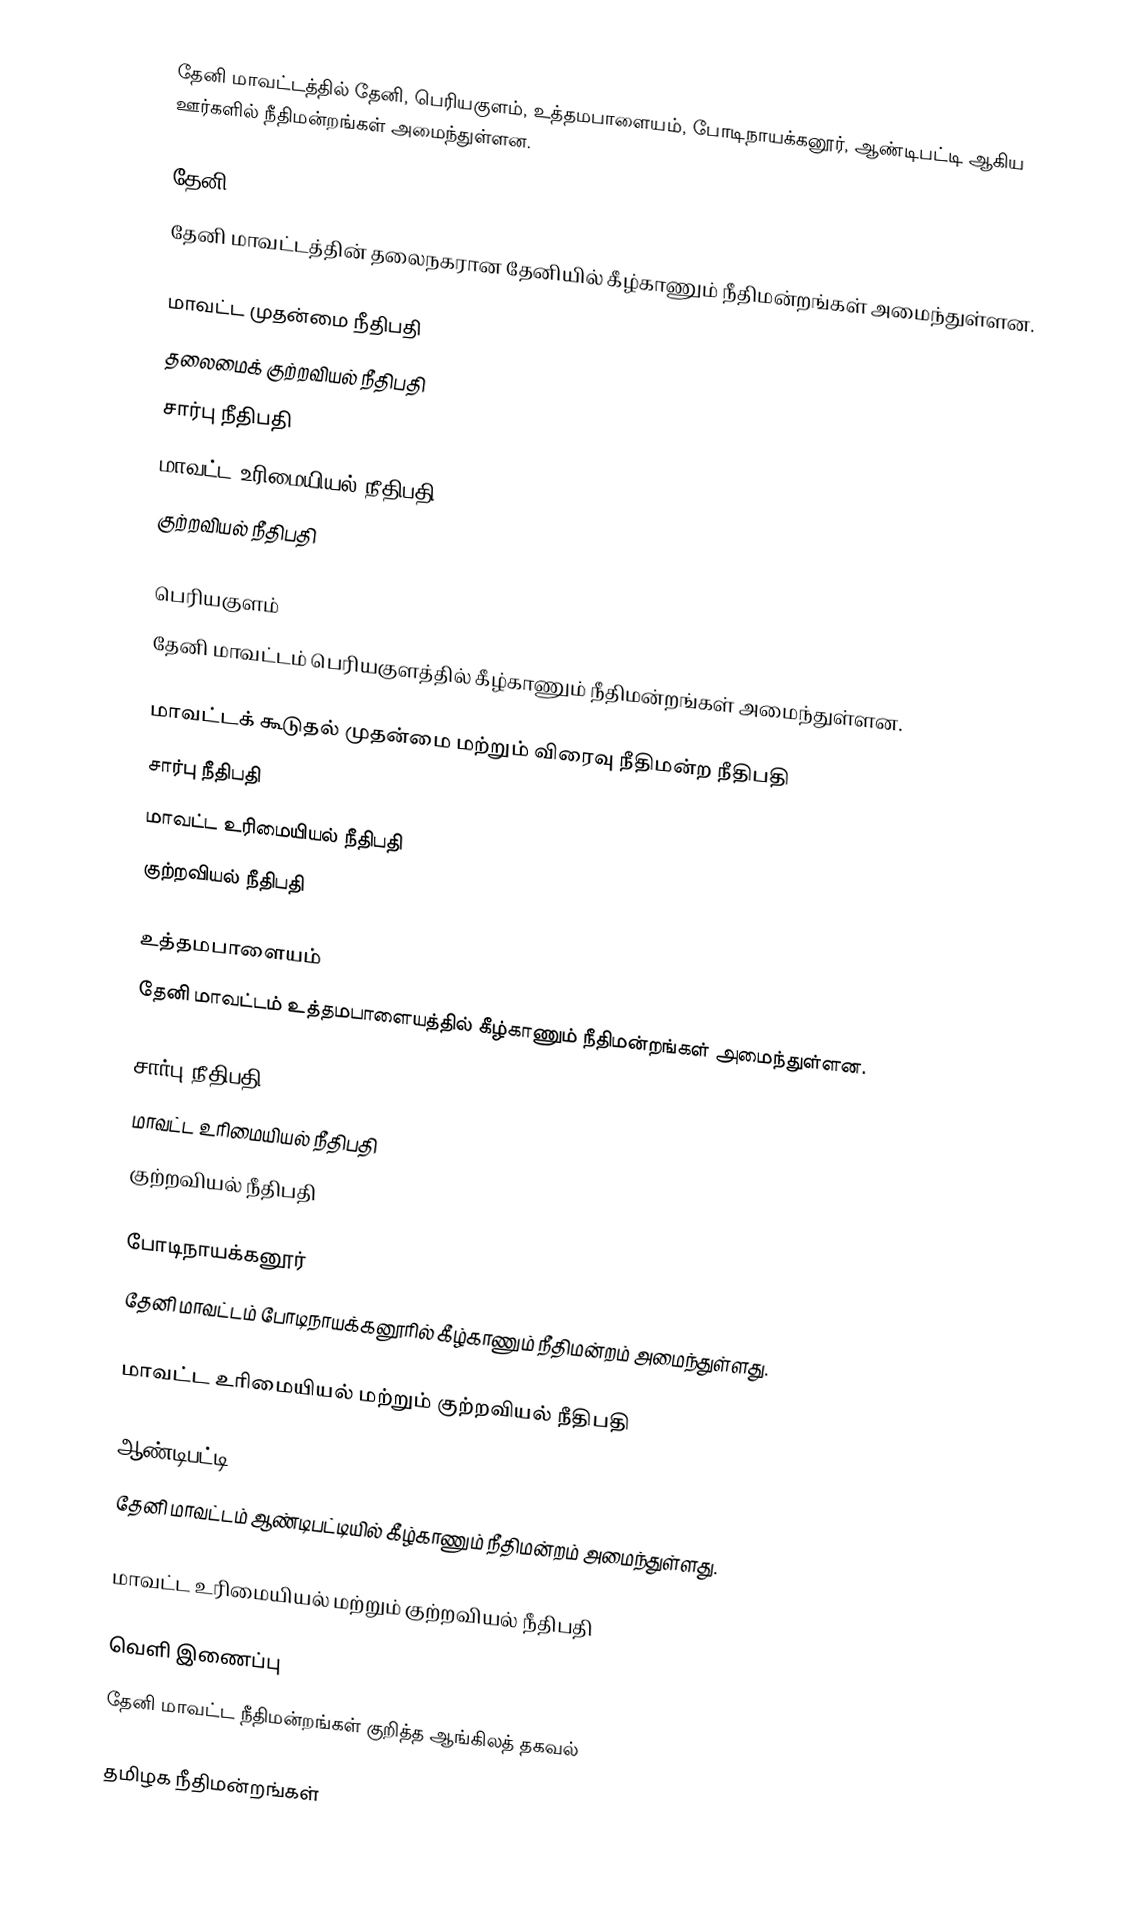
தேனி மாவட்டத்தில் தேனி, பெரியகுளம், உத்தமபாளையம், போடிநாயக்கனூர், ஆண்டிபட்டி ஆகிய ஊர்களில் நீதிமன்றங்கள் அமைந்துள்ளன.

தேனி
தேனி மாவட்டத்தின் தலைநகரான தேனியில் கீழ்காணும் நீதிமன்றங்கள் அமைந்துள்ளன.

மாவட்ட முதன்மை நீதிபதி
தலைமைக் குற்றவியல் நீதிபதி
சார்பு நீதிபதி
மாவட்ட உரிமையியல் நீதிபதி
குற்றவியல் நீதிபதி

பெரியகுளம்
தேனி மாவட்டம் பெரியகுளத்தில் கீழ்காணும் நீதிமன்றங்கள் அமைந்துள்ளன.

மாவட்டக் கூடுதல் முதன்மை மற்றும் விரைவு நீதிமன்ற நீதிபதி
சார்பு நீதிபதி
மாவட்ட உரிமையியல் நீதிபதி
குற்றவியல் நீதிபதி

உத்தமபாளையம்
தேனி மாவட்டம் உத்தமபாளையத்தில் கீழ்காணும் நீதிமன்றங்கள் அமைந்துள்ளன.

சார்பு நீதிபதி
மாவட்ட உரிமையியல் நீதிபதி
குற்றவியல் நீதிபதி

போடிநாயக்கனூர்
தேனி மாவட்டம் போடிநாயக்கனூரில் கீழ்காணும் நீதிமன்றம் அமைந்துள்ளது.

மாவட்ட உரிமையியல் மற்றும் குற்றவியல் நீதிபதி

ஆண்டிபட்டி
தேனி மாவட்டம் ஆண்டிபட்டியில் கீழ்காணும் நீதிமன்றம் அமைந்துள்ளது.

மாவட்ட உரிமையியல் மற்றும் குற்றவியல் நீதிபதி

வெளி இணைப்பு
தேனி மாவட்ட நீதிமன்றங்கள் குறித்த ஆங்கிலத் தகவல்

தமிழக நீதிமன்றங்கள்